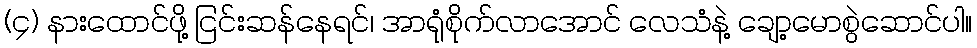
(၄) နားထောင်ဖို့ ငြင်းဆန်နေရင်၊ အာရုံစိုက်လာအောင် လေသံနဲ့ ချော့မောစွဲဆောင်ပါ။